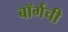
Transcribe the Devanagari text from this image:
बॉर्गची